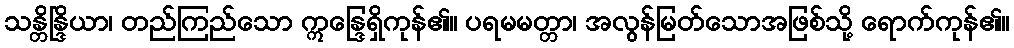
သန္တိန္ဒြိယာ၊ တည်ကြည်သော ဣန္ဒြေရှိကုန်၏။ ပရမမတ္တာ၊ အလွန်မြတ်သောအဖြစ်သို့ ရောက်ကုန်၏။